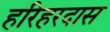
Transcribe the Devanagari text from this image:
हरिहरदास